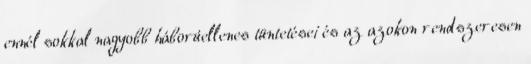
ennél sokkal nagyobb háborúellenes tüntetései és az azokon rendszeresen